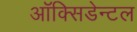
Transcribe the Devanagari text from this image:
ऑक्सिडेन्टल